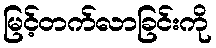
မြင့်တက်လာခြင်းကို